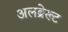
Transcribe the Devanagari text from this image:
अलब्रेख्ट